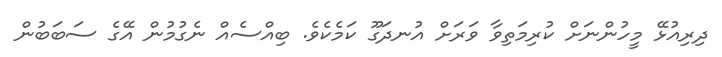
ދިރިއުޅޭ މީހުންނަށް ކުރިމަތިވާ ވަރަށް އުނދަގޫ ކަމެކެވެ. ބިއްސެއް ނެގުމުން އޭގެ ސަބަބުން